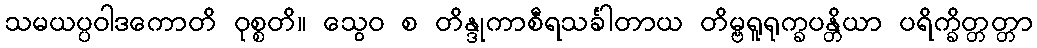
သမယပ္ပဝါဒကောတိ ဝုစ္စတိ။ သွေဝ စ တိန္ဒုကာစီရသင်္ခါတာယ တိမ္ဗရူရုက္ခပန္တိယာ ပရိက္ခိတ္တတ္တာ